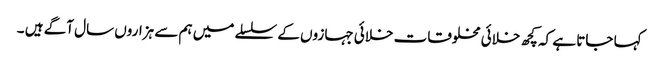
کہا جاتا ہے کہ کچھ خلائی مخلوقات خلائی جہازوں کے سلسلے میں ہم سے ہزاروں سال آگے ہیں ۔